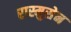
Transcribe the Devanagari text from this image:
रास्मुसेन